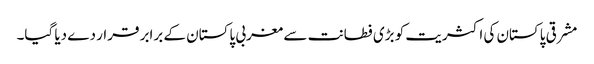
مشرقی پاکستان کی اکثریت کو بڑی فطانت سے مغربی پاکستان کے برابر قرار دے دیا گیا۔